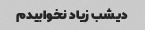
دیشب زیاد نخوابیدم